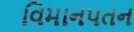
વિમાનપતન